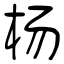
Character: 杨